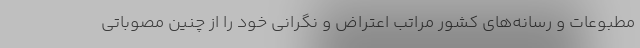
مطبوعات و رسانه‌های کشور مراتب اعتراض و نگرانی خود را از چنین مصوباتی